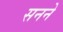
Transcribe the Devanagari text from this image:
सनने